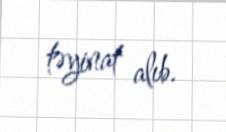
təyinat alıb.